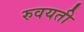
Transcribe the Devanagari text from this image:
रुवयती